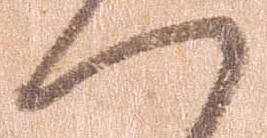
へ